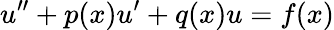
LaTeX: u^{\prime\prime}+p(x)u^{\prime}+q(x)u=f(x)